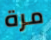
مرة